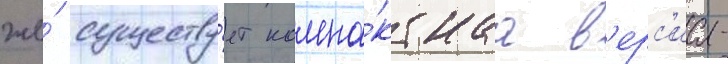
же́ существу́ет компа́ктнаа в'ерс'иа-